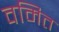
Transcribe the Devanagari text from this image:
वमित